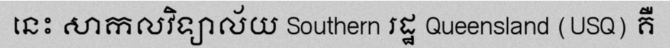
នេះ សាកលវិទ្យាល័យ Southern រដ្ឋ Queensland (USQ) គឺ